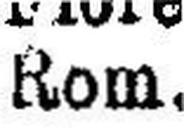
Rom